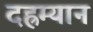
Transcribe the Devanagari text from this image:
दह्रम्यान